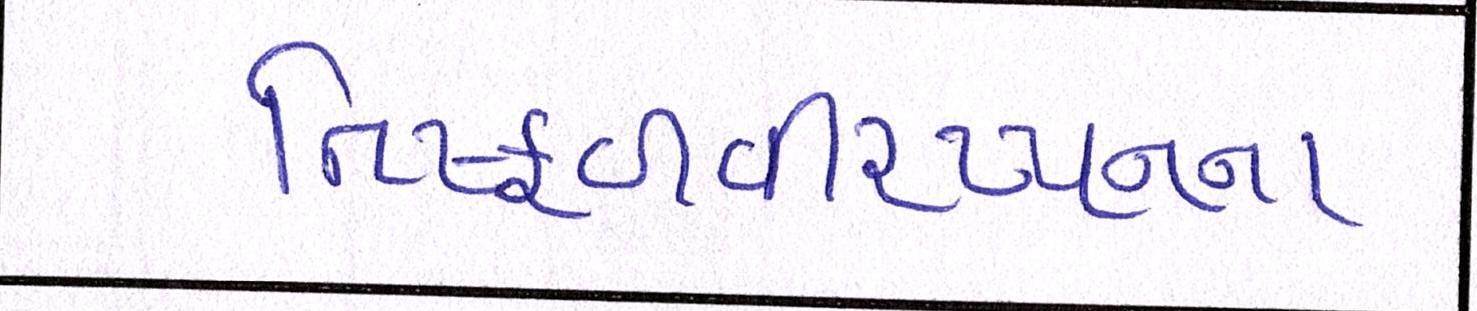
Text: નિષ્ફળવીરપ્પનના